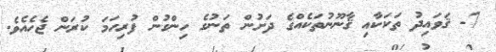
7- ޤަވައިދު ތަކަކާއި ޤާނޫނުތަކެއްގެ ދަށުން ތަނުގެ ހިންގުން ފުރިހަމަ ކުރަން ޖެހެއެވެ.